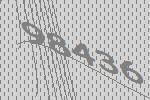
98436